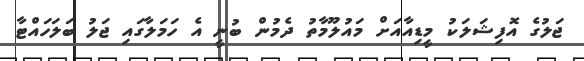
ޖަލުގެ އޮފިޝަލަކު މީޑިއާއަށް މައުލޫމާތު ދެމުން ބުނީ އެ ހަމަލާގައި ޖަލު ބަލަހައްޓާ